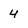
Character: 4